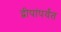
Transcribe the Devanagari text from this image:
द्वीपांपर्यंत